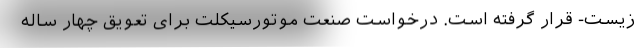
زیست- قرار گرفته است. درخواست صنعت موتورسیکلت برای تعویق چهار ساله